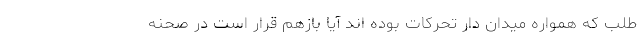
طلب که همواره میدان دار تحرکات بوده اند آیا بازهم قرار است در صحنه